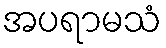
အပရာမသံ